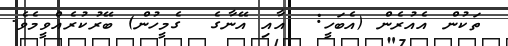
ތަކުން އެއުރެން (އެބަހީ:  އާއި އޭނާގެ  ގެމީހުން) ބޭރުކުރެއްވީމެވެ.